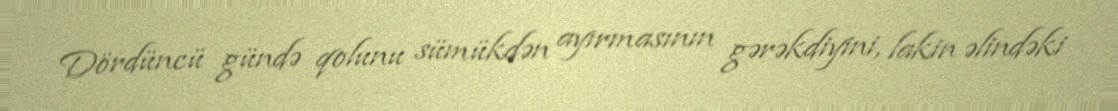
Dördüncü gündə qolunu sümükdən ayırmasının gərəkdiyini, lakin əlindəki